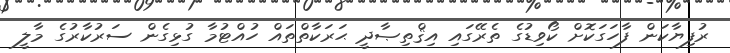
ރުފިޔާކަން ފާހަގަކޮށް ކޯވިޑުގެ ތެރޭގައި އިޤްތިޞާދީ ޙަރަކާތްތައް ހުއްޓުމާ ގުޅިގެން ސަރުކާރުގެ މާލީ